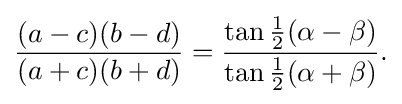
{\begin{aligned}{\frac {(a-c)(b-d)}{(a+c)(b+d)}}={\frac {\tan {\tfrac {1}{2}}(\alpha -\beta )}{\tan {\tfrac {1}{2}}(\alpha +\beta )}}.\end{aligned}}